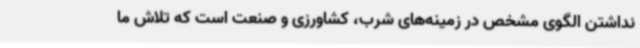
نداشتن الگوی مشخص در زمینه‌های شرب، کشاورزی و صنعت است که تلاش ما